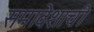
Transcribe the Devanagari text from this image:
समावेशाची